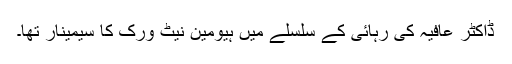
ڈاکٹر عافیہ کی رہائی کے سلسلے میں ہیومین نیٹ ورک کا سیمینار تھا۔